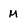
Character: M